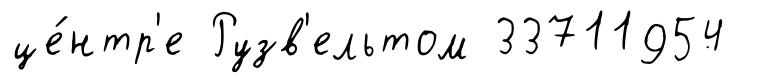
це́нтр'е Рузв'ельтом 33711954